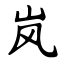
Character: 岚